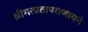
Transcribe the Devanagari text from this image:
श्रीमत्प्रतापराणायनं